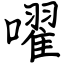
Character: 嚁